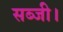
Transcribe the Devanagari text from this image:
सब्जी।